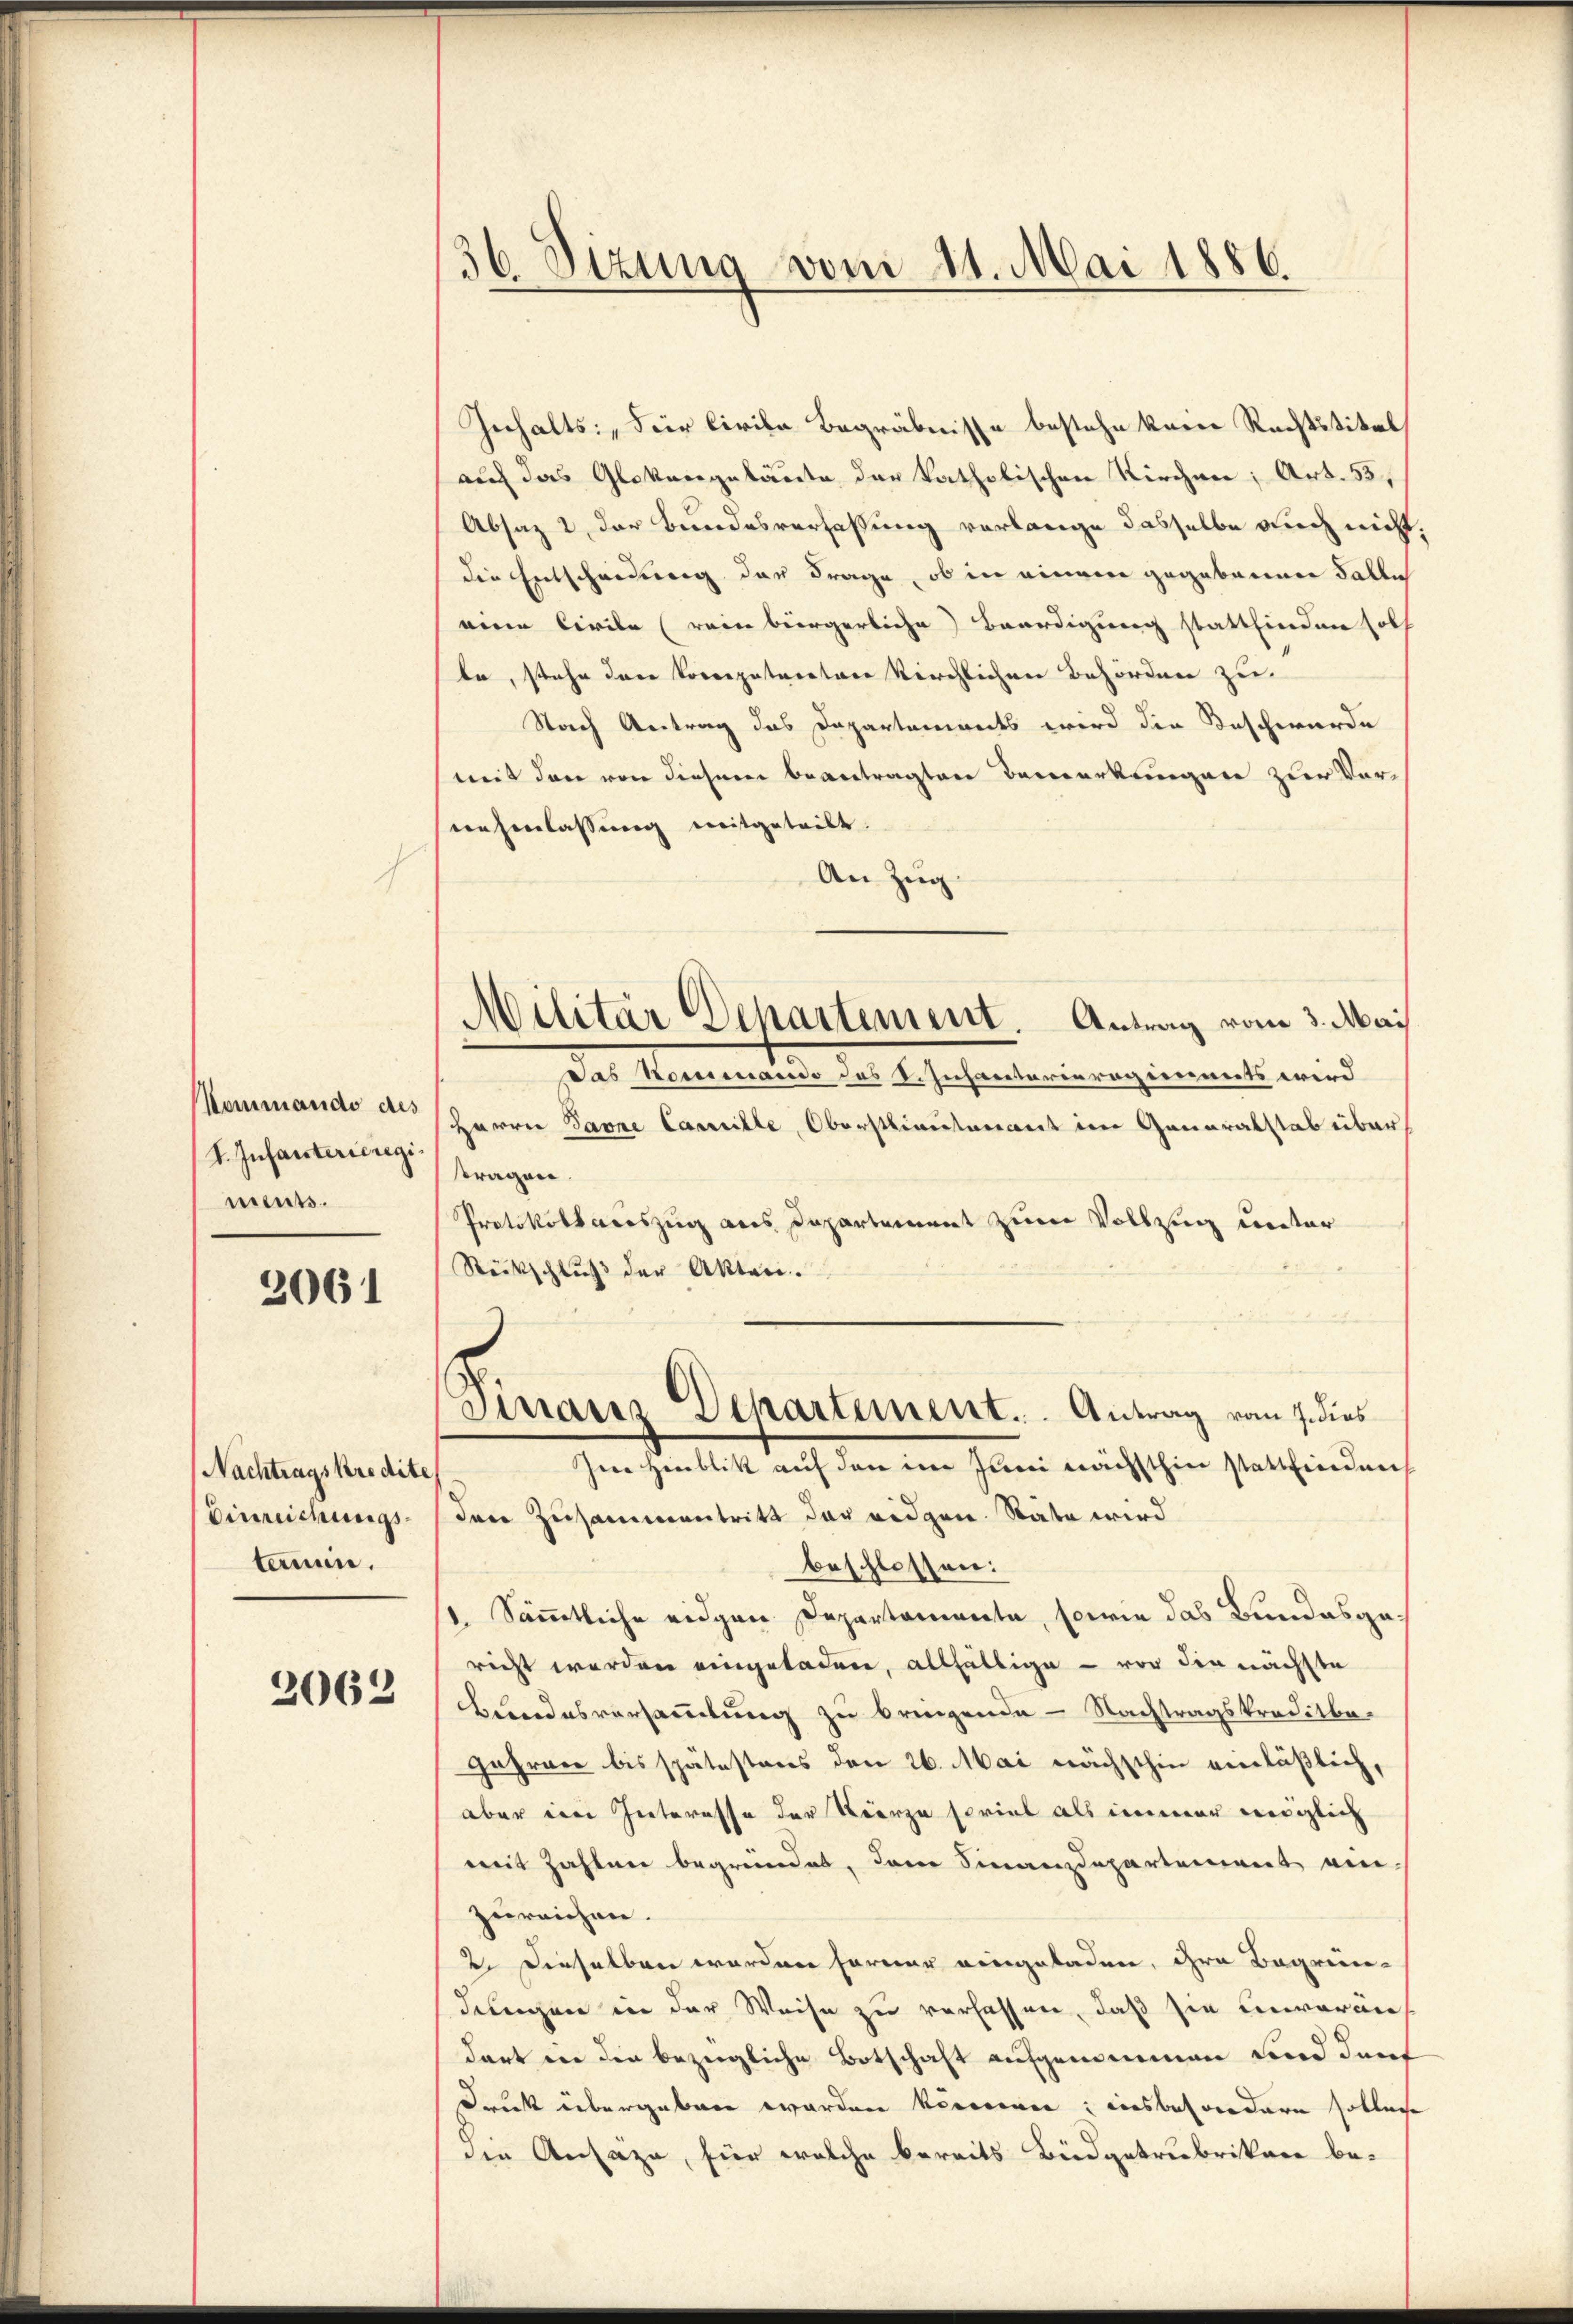
I. Infanterieregiments.

2061

Nachtragskredite
terien.

2062

36 Sizung vom 11. Mai 1886.

Gerhalts, der Civile Begräbnisse bestehe keine Rechtstitel
auf das Glokengebaute der katholischen Kirchnen; Art. 53,
Absatz 2 der Bundesverfassung verlange dasselbe auch nicht,
die Entscheidung der Frage, ob in einem gegebenen Falle
eine Civile rein bürgerliche Beerdigung stattfinden soll
te, stehe der Korrepataretare kirchlichen Behörden zu
Nach Antrag das Departements wird die Beschwerde
mit den von diesem beantragten Bemerkungen zur Vornehmlassung mitgeteilt.
An Zug
Das Kommando des S. Infantarieregiennets wird
Mammando an Herrn Panne Camille, Oberstlieutenant im Generalstab über
tragen.
Protokollaciszug aus Departement zum Vollzug Crector
Stückschluß der Akten.
Sinaris Departement. Antrag vom 7. dies
Ime Hinblik auf den im Juni nächsthin stattfindenh
Einreichungs- den Zusammentritt der eidgen. Rate wird
beschlossen:
1. Sämmtliche eidgen Departamente, sowie das Bundesgericht werden eingeladen, allfältige - vor die nächste
BBundesversammlung zu bringende - Nachtragskreditbe-
Jahren bis spätestens den 26. Mai nächschin einläßlich,
aber die Interesse der Neerzu soviel als immer möglich
mit Zahlen begründet, dann Finanzdepartement einzureichen.
2. Dieselben worden former eingeladen, ihre Begren-
dungen in der Weise zu verlassen, daß sie unveräus
dort ein den bezügliche Botschaft aufgemeinen und durch
Druck übergeben worden könnenen; einsbesondern sollen
die Ansäze, für welche bereits Büdgetrubrikon be-

Militär Departement. Antrag vom 3. Mai